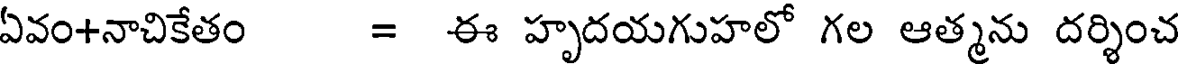
ఏవం+నాచికేతం = ఈ హృదయగుహలో గల ఆత్మను దర్శించ